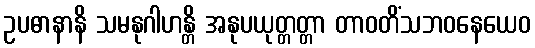
ဥပဓာနာနိ သမနုဂါဟန္တိ အနုပယုတ္တတ္တာ တာဝတိံသဘဝနေယေဝ